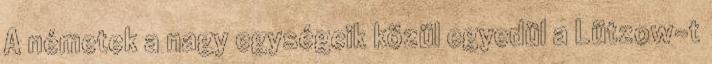
A németek a nagy egységeik közül egyedül a Lützow-t